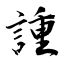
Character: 諥